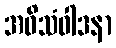
အဝိသံဝါဒနာ